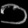
Digit: ၁